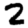
Digit: 2